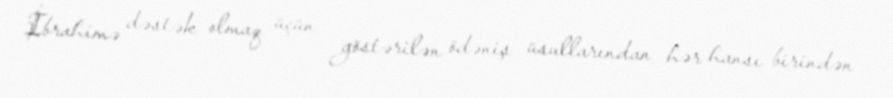
İbrahimə dəstək olmaq üçün göstərilən ödəniş üsullarından hər hansı birindən